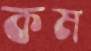
কম